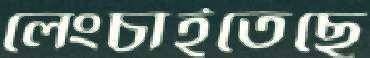
লেংচাইতেছে